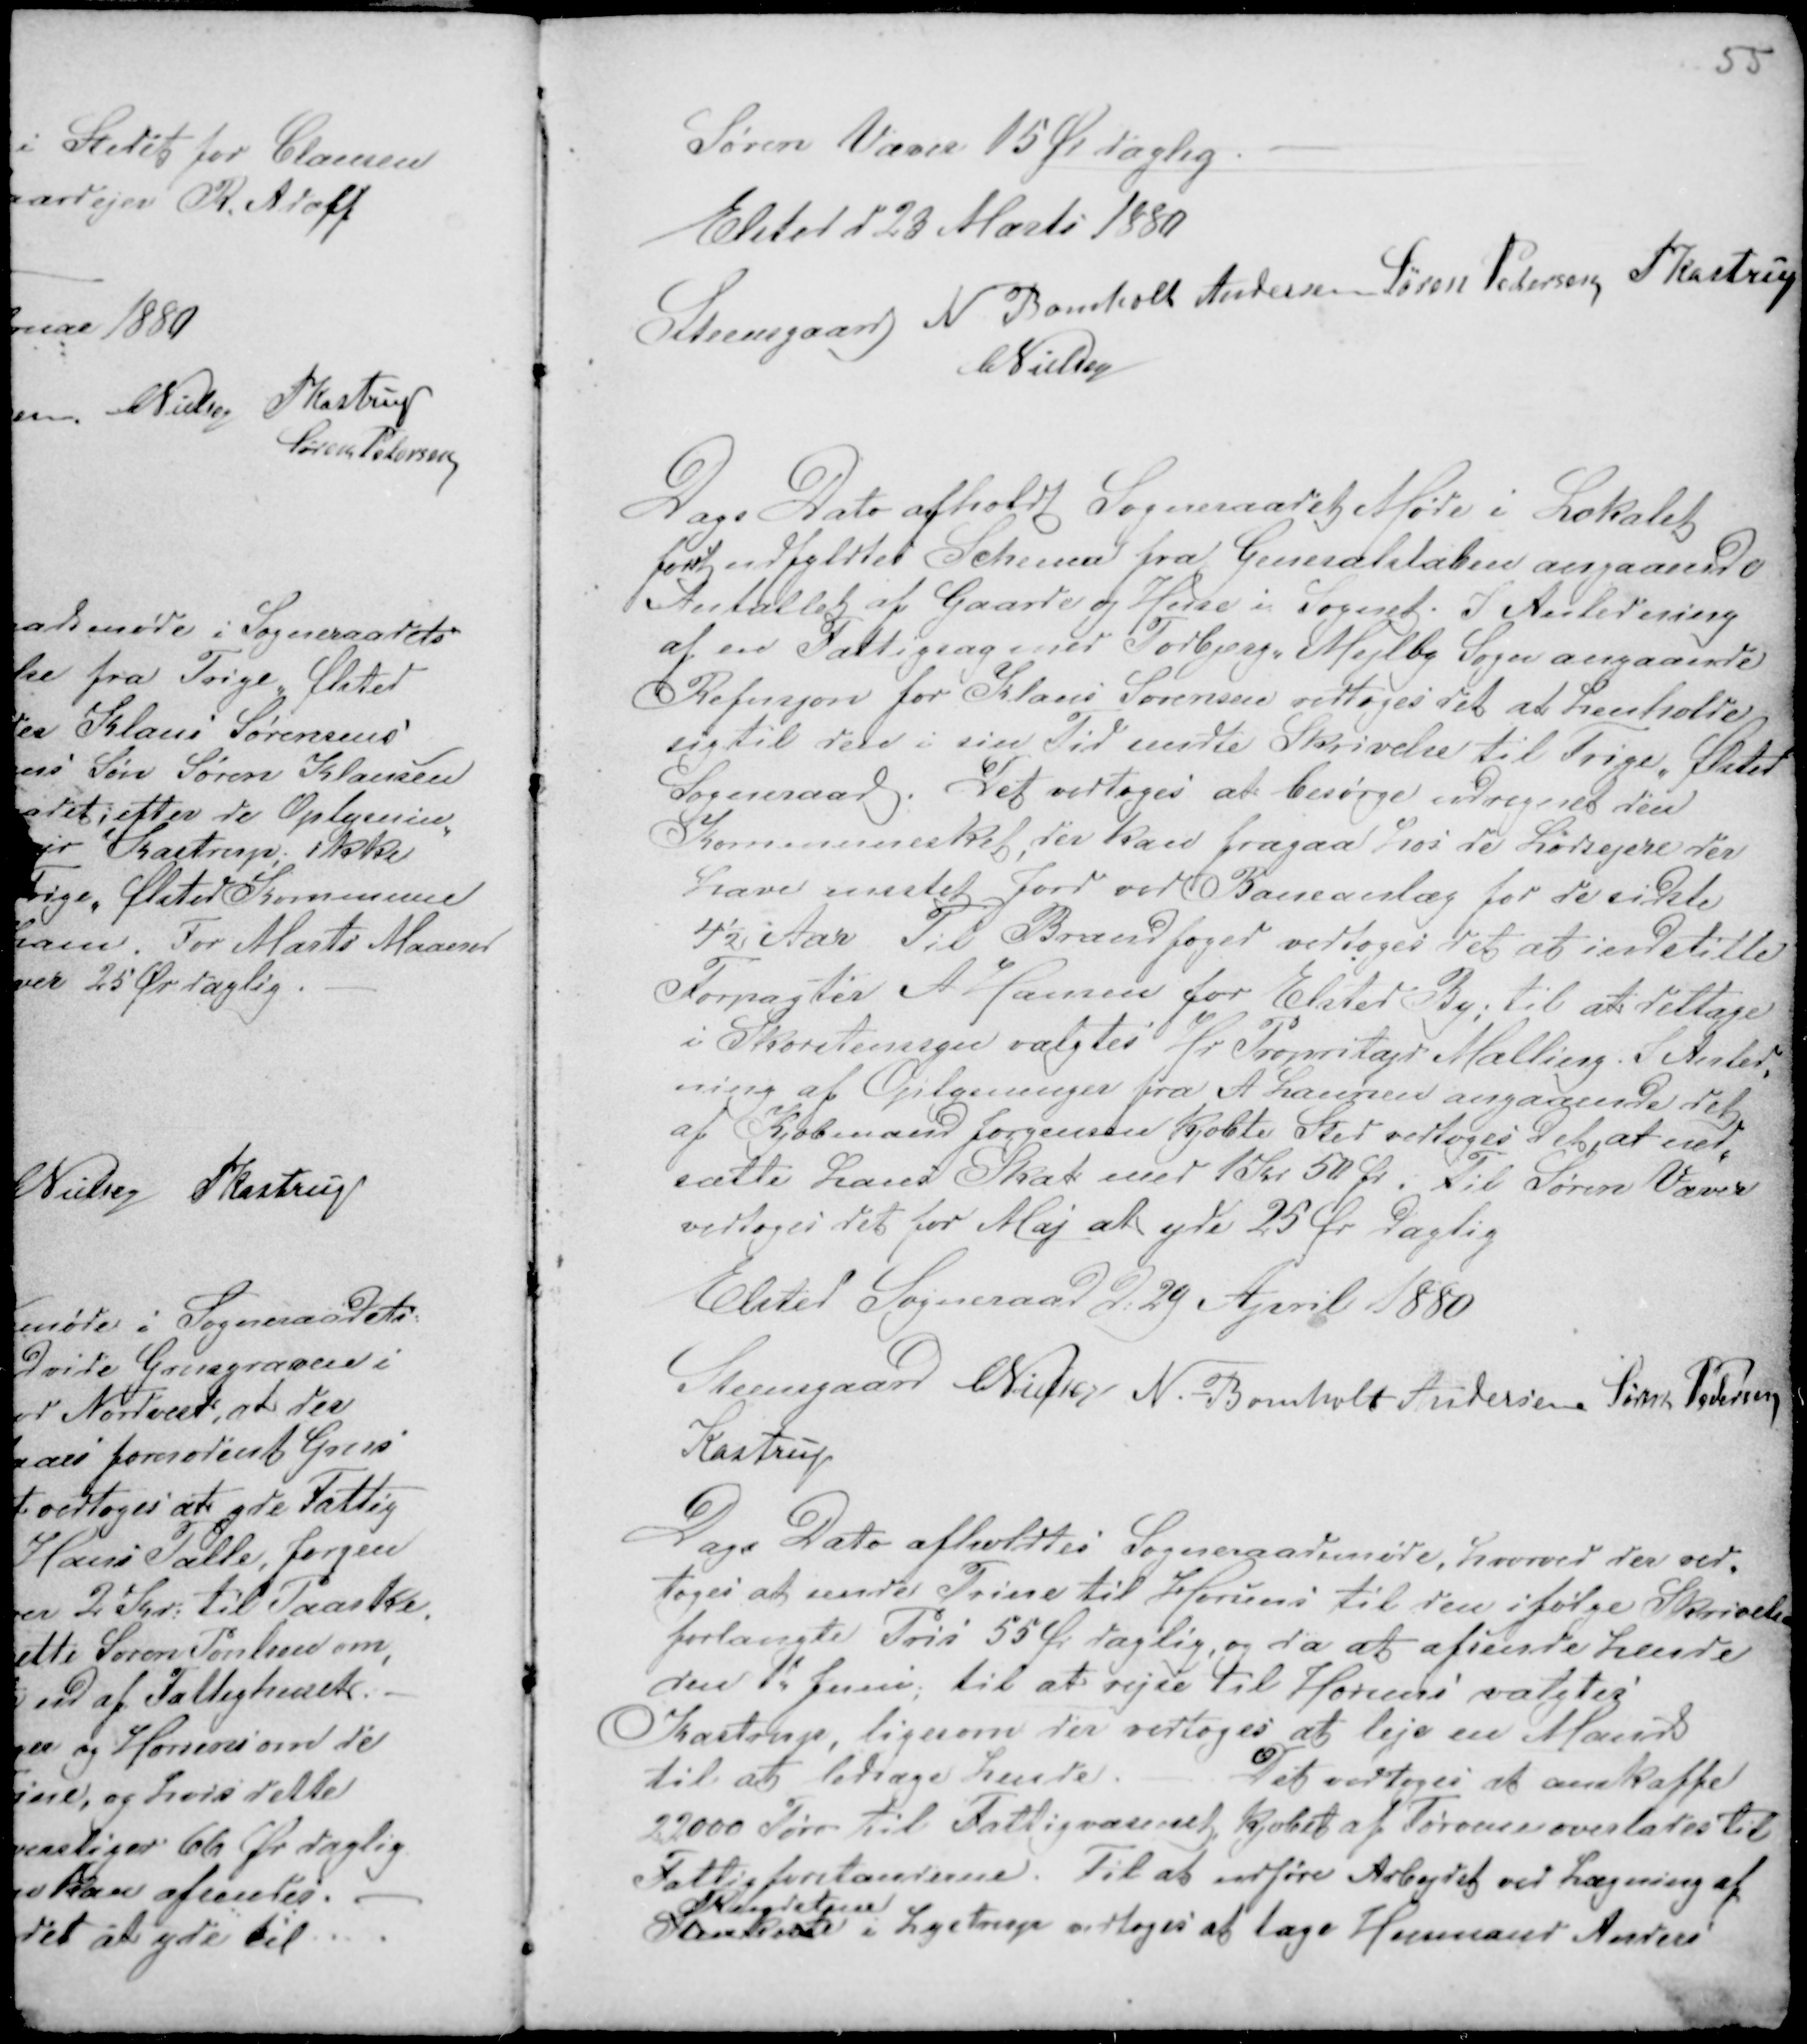
Transskription:
55

Søren Væver 15 Ør daglig. -
Elsted d 23 Marts 1880
Steensgaard N Bomholt Andersen Søren Pedersen PKastrup
CNielsen

Dags Dato afholdt Sogneraadsmøde i Lokalet
først udfyldtes Schema fra Generalstaben angaaende
Antallet af Gaarde og Huse i Sognet. I Anledning
af en Fattigsag med Todbjerg - Mejlby Sogn angaaende
Refusjon for Klaus Sørensen vedtoges det at henholde
sig til den i sin Tid sendte Skrivelse til Trige - Ølsted
Sogneraad. Det vedtoges at besørge udregnet den
Kommuneskat, der kan fragaa hos de Lodsejere der
have mistet Jord ved Baneanlæg for de sidste
4½ Aar Til Brandfoged vedtoges det at indstille
Forpagter A Hansen for Elsted By; til at deltage
i Skorstenssyn valgtes Hr Propritajr Malling. I Anled-
ning af Oplysninger fra A Laursen angaaende det
af Købmand Jørgensen kjøbte Sted vedtoges det, at ned-
sætte hans Skat med 1 Kr 50 Ør. Til Søren Væver
vedtoges det for Maj at yde 25 Ør daglig
Elsted Sogneraad d: 29 April 1880
Steensgaard CNielsen N. Bomholt Andersen Søren Pedersen
Kastrup

Dags Dato afholdtes Sogneraadsmøde, hvorved der ved-
toges at sende Trine til Horsens til den ifølge Skrivelse
forlangte Pris 55 Ør daglig, og da at afsende hende
den 1d Juni; til at rejse til Horsens valgtes
Kastrup, ligesom der vedtoges at leje en Mand
til at ledsage hende. -
Det vedtoges at anskaffe
22000 Tørv til Fattigvæsenet, kjøbet af Tørvene overlades til
Fattigforstanderne. Til at udføre Arbejdet ved Lægning af
Rendestene
Stenkiste i Lystrup vedtoges at tage Husmand Anders